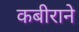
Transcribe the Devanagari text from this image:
कबीराने